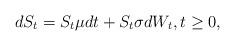
LaTeX: \begin{align*}dS_t=S_t\mu dt+S_t\sigma dW_t,t\geq 0, \end{align*}